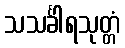
သသင်္ခါရသုတ္တံ